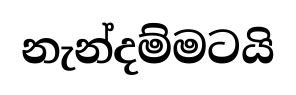
නැන්දම්මටයි